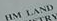
HM LAND